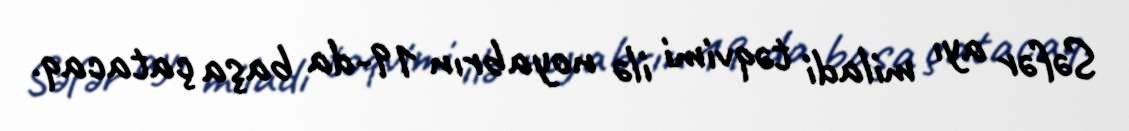
Səfər ayı miladi təqvimi ilə noyabrın 19-da başa çatacaq.